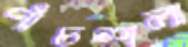
পাঁচশলা